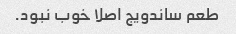
طعم ساندویج اصلا خوب نبود.